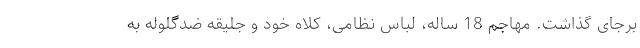
برجای گذاشت. مهاجم 18 ساله، لباس نظامی، کلاه خود و جلیقه ضدگلوله به